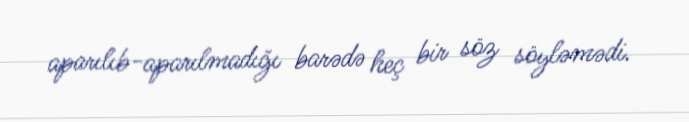
aparılıb-aparılmadığı barədə heç bir söz söyləmədi.